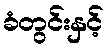
ခံတွင်းနှင့်